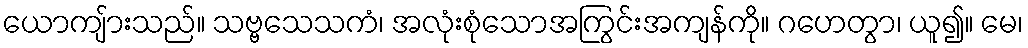
ယောကျ်ားသည်။ သဗ္ဗသေသကံ၊ အလုံးစုံသောအကြွင်းအကျန်ကို။ ဂဟေတွာ၊ ယူ၍။ မေ၊